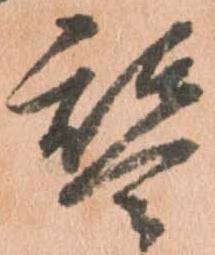
替